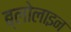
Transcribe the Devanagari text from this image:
ब्लोलाइन